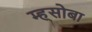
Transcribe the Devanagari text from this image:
म्ह्सोबा